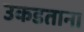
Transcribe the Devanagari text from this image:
उकडताना